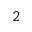
^ { 2 }